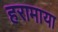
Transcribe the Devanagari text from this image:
हरामाया